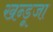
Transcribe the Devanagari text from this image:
खन्डूजा